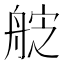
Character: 𮎑